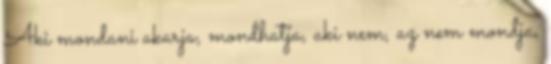
Aki mondani akarja, mondhatja, aki nem, az nem mondja,